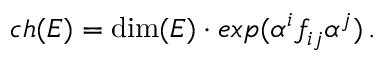
c h ( E ) = \mathrm { d i m } ( E ) \cdot e x p ( \alpha ^ { i } f _ { i j } \alpha ^ { j } ) \, .